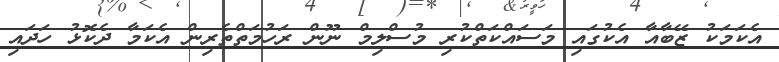
އެކަމަކު ޒޭބާއާ އެކުގައި މަސައްކަތްކުރި މުސްލިމް ނޫން ރަހުމަތްތެރިން އެކަމާ ދެކޮޅު ހަދައި